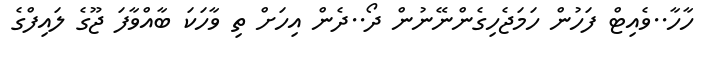
ހާހާ..ވެއިޓް ފަހުން ހަމަޖެހިގެންނޭނުން ދޯ..ދެން އިހަށް ތި ވާހަކަ ބާއްވާފަ ޖޫގެ ލައިފްގެ